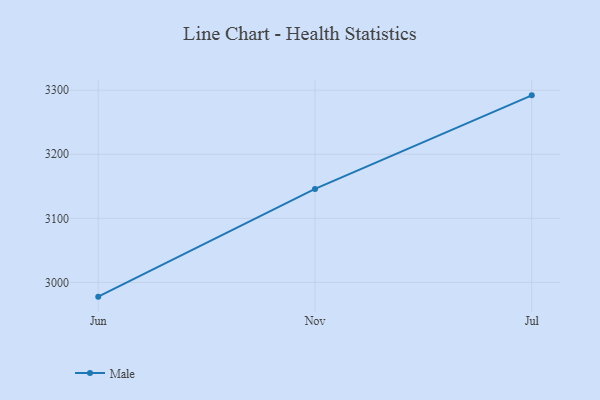
{"axis": {"x": "Month", "y": "Net Income (USD K)"}, "legend": ["Male"], "data": [{"x": "Jun", "y": 2977.8, "type": "Male"}, {"x": "Nov", "y": 3146.0, "type": "Male"}, {"x": "Jul", "y": 3292.0, "type": "Male"}]}